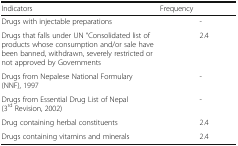
<table><thead><tr><td><b>Indicators</b></td><td><b>Frequency</b></td><td>[EMPTY_CELL]</td></tr></thead><tbody><tr><td>Drugs with injectable preparations</td><td>[EMPTY_CELL]</td><td>-</td></tr><tr><td>Drugs that falls under UN “Consolidated list of products whose consumption and/or sale have been banned, withdrawn, severely restricted or not approved by Governments</td><td>[EMPTY_CELL]</td><td>2.4</td></tr><tr><td>Drugs from Nepalese National Formulary (NNF), 1997</td><td>[EMPTY_CELL]</td><td>-</td></tr><tr><td>Drugs from Essential Drug List of Nepal (3<sup>rd</sup> Revision, 2002)</td><td>[EMPTY_CELL]</td><td>-</td></tr><tr><td>Drug containing herbal constituents</td><td>[EMPTY_CELL]</td><td>2.4</td></tr><tr><td>Drugs containing vitamins and minerals</td><td>[EMPTY_CELL]</td><td>2.4</td></tr></tbody></table>